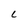
Character: c